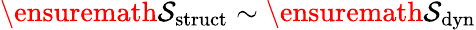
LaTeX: \ensuremath{\mathcal{S}}_{\mathrm{struct}}\sim\ensuremath{\mathcal{S}}_{\mathrm{dyn}}